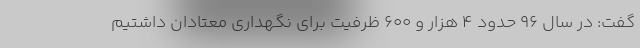
گفت: در سال ۹۶ حدود ۴ هزار و ۶۰۰ ظرفیت برای نگهداری معتادان داشتیم